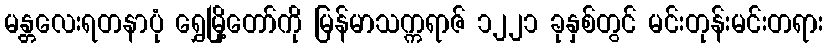
မန္တလေးရတနာပုံ ရွှေမြို့တော်ကို မြန်မာသက္ကရာဇ် ၁၂၂၁ ခုနှစ်တွင် မင်းတုန်းမင်းတရား